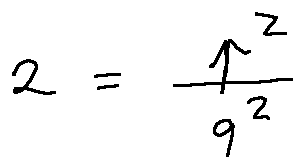
2 = \frac { p ^ { 2 } } { q ^ { 2 } }